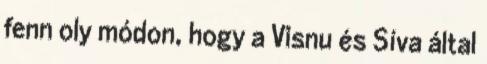
fenn oly módon, hogy a Visnu és Síva által